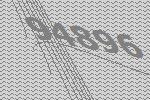
94896